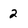
Character: 2